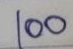
100